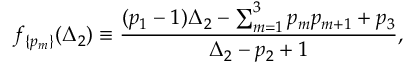
f _ { \{ p _ { m } \} } ( \Delta _ { 2 } ) \equiv \frac { ( p _ { 1 } - 1 ) \Delta _ { 2 } - \sum _ { m = 1 } ^ { 3 } p _ { m } p _ { m + 1 } + p _ { 3 } } { \Delta _ { 2 } - p _ { 2 } + 1 } ,